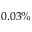
0 . 0 3 \%